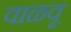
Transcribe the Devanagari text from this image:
वाळवू